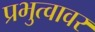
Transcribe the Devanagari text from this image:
प्रभुत्वावर